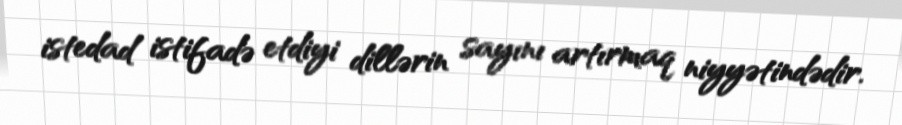
istedad istifadə etdiyi dillərin sayını artırmaq niyyətindədir.